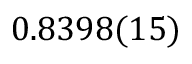
0 . 8 3 9 8 ( 1 5 )